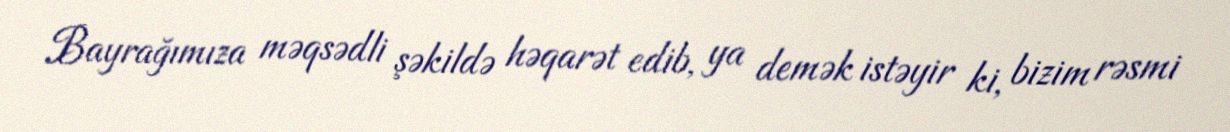
Bayrağımıza məqsədli şəkildə həqarət edib, ya demək istəyir ki, bizim rəsmi